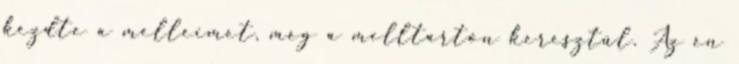
kezdte a melleimet, még a melltartón keresztül. Az én